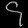
Digit: ၄